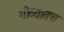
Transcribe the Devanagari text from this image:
गोव्यातच